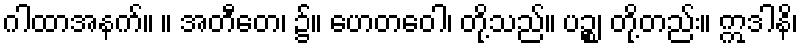
ဂါထာအနက်။ ။ အတီတေ၊ ၌။ ဟေတဝေါ၊ တို့သည်။ ပဉ္စ၊ တို့တည်း။ ဣဒါနိ၊